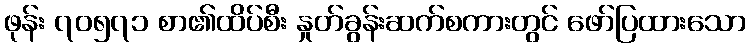
ဖုန်း ၇၀၅၇၁ စာ၏ထိပ်စီး နှုတ်ခွန်းဆက်စကားတွင် ဖော်ပြထားသော